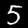
Digit: 5